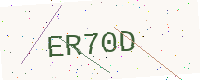
Text: ER70D